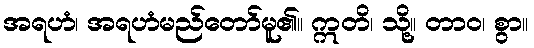
အရဟံ၊ အရဟံမည်တော်မူ၏။ ဣတိ၊ သို့။ တာဝ၊ စွာ။